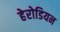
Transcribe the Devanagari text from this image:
हेरोडियन